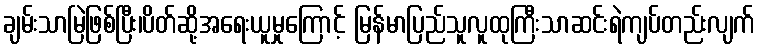
ချမ်းသာမြဲဖြစ်ပြီး၊ပိတ်ဆို့အရေးယူမှုကြောင့် မြန်မာပြည်သူလူထုကြီးသာဆင်းရဲကျပ်တည်းလျက်